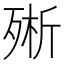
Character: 㱤